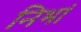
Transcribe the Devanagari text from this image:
निभां